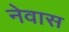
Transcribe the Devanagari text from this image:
नेवास